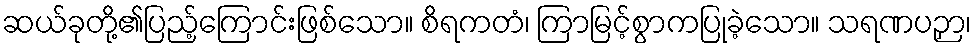
ဆယ်ခုတို့၏ပြည့်ကြောင်းဖြစ်သော။ စိရကတံ၊ ကြာမြင့်စွာကပြုခဲ့သော။ သရဏပဉှာ၊